Annual report on the Civil Veterinary Department, Burma (including the Insein Veterinary School) - 1932-1941
Year: 1932
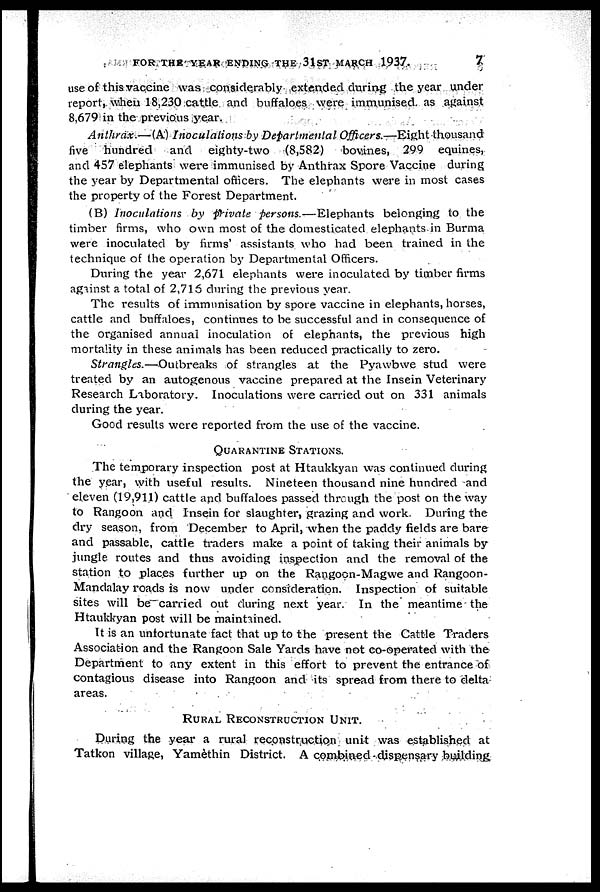
FOR THE YEAR ENDING THE 31ST MARCH 1937.
7
use of this vaccine was considerably extended during the year under
report, when 18,230 cattle and buffaloes were immunised, as against
8,679 in the previous year.
Anthrax.—(A) Inoculations by Departmental Officers.—Eight thousand
live hundred
and
eighty-two
(8,582)
bovines, 299 equines,
and 457 elephants were immunised by Anthrax Spore Vaccine during
the year by Departmental officers. The elephants were in most cases
the property of the Forest Department.
(B) Inoculations
by private persons.—Elephants
belonging to the
timber firms, who own most of the domesticated elephants in Burma
were inoculated by firms' assistants who had been trained in the
technique of the operation by Departmental Officers.
During the year 2,671 elephants were inoculated by timber firms
against a total of 2,716 during the previous year.
The results of immunisation by spore vaccine in elephants, horses,
cattle and buffaloes, continues to be successful and in consequence of
the organised annual inoculation of elephants, the previous high
mortality in these animals has been reduced practically to zero.
Strangles.—Outbreaks
of strangles at the Pyawbwe stud were
treated by an autogenous vaccine prepared at the Insein Veterinary
Research Laboratory. Inoculations were carried out on 331 animals
during the year.
Good results were reported from the use of the vaccine.
QUARANTINE STATIONS.
The temporary inspection post at Htaukkyan was continued during
the year, with useful results. Nineteen thousand nine hundred and
eleven (19,911) cattle and buffaloes passed through the post on the way
to Rangoon and Insein for slaughter, grazing and work. During the
dry season, from December to April, when the paddy fields are bare
and passable, cattle traders make a point of taking their animals by
jungle routes and thus avoiding inspection and the removal of the
station to places further up on the Rangoon-Magwe and Rangoon-
Mandalay roads is now under consideration. Inspection of suitable
sites will be carried out during next year. In the meantime the
Htaukkyan post will be maintained.
It is an unfortunate fact that up to the present the Cattle Traders
Association and the Rangoon Sale Yards have not co-operated with the
Department to any extent in this effort to prevent the entrance of
contagious disease into Rangoon and its spread from there to delta
areas.
RURAL
RECONSTRUCTION
UNIT.
During the year a rural reconstruction unit was established at
Tatkon village, Yamethin District. A combined dispensary building